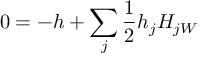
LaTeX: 0 = - h + \sum _ { j } \frac { 1 } { 2 } h _ { j } H _ { j W }